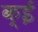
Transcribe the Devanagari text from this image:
क्ई